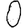
Digit: 0